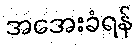
အအေးခံရန်